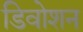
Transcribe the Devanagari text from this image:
डिवोशन